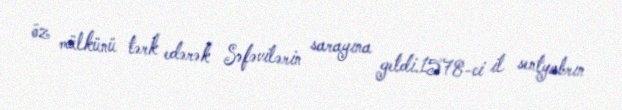
öz mülkünü tərk edərək Səfəvilərin sarayına getdi.1578-ci il sentyabrın